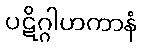
ပဋိဂ္ဂါဟကာနံ